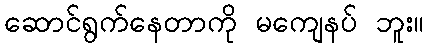
ဆောင်ရွက်နေတာကို မကျေနပ် ဘူး။